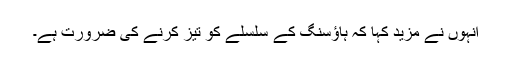
انہوں نے مزید کہا کہ ہاؤسنگ کے سلسلے کو تیز کرنے کی ضرورت ہے۔